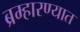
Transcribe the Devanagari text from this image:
ब्रम्हारण्यात